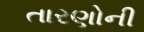
તારણોની